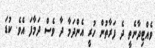
ވެއްޓިދާނެތީ ދެ ފަރާތުން ހުރީ އެންދަމާ ދާ ވެސް ދަމާފަ އެވެ. ކުޑަ